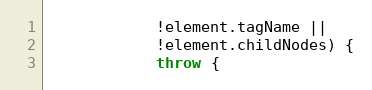
Language: JavaScript
            !element.tagName ||
            !element.childNodes) {
            throw {